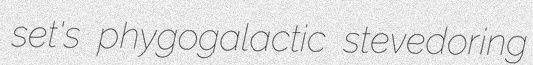
set's phygogalactic stevedoring